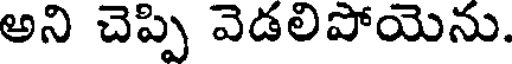
అని చెప్పి వెడలిపోయెను.